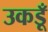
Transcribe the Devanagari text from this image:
उकडूँ